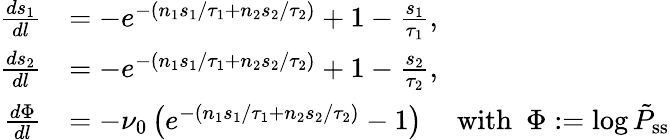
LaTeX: \begin{array}{rl}{\frac{ds_{1}}{dl}}&{=-e^{-(n_{1}s_{1}/\tau_{1}+n_{2}s_{2}/\tau_{2})}+1-\frac{s_{1}}{\tau_{1}},}\\ {\frac{ds_{2}}{dl}}&{=-e^{-(n_{1}s_{1}/\tau_{1}+n_{2}s_{2}/\tau_{2})}+1-\frac{s_{2}}{\tau_{2}},}\\ {\frac{d\Phi}{dl}}&{=-\nu_{0}\left(e^{-(n_{1}s_{1}/\tau_{1}+n_{2}s_{2}/\tau_{2})}-1\right)~~~~~\mathrm{with}~~\Phi:=\log\tilde{P}_{\mathrm{ss}}}\end{array}